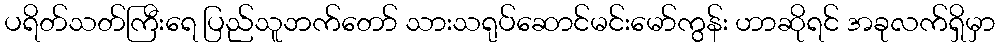
ပရိတ်သတ်ကြီးရေ ပြည်သူဘက်တော် သားသရုပ်ဆောင်မင်းမော်ကွန်း ဟာဆိုရင် အခုလက်ရှိမှာ